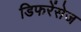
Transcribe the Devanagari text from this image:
डिफरेंसेज